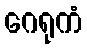
ဂေရုကံ